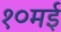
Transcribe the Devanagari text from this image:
१०मई